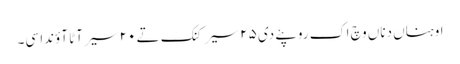
اوہناں دناں وچ اک روپئے دی ٢٥ سیر کنک تے ٢٠ سیر آٹا آؤندا سی۔